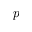
p